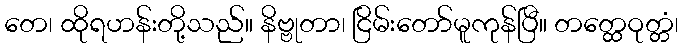
တေ၊ ထိုရဟန်းတို့သည်။ နိဗ္ဗုတာ၊ ငြိမ်းတော်မူကုန်ပြီ။ တတ္ထေဝုတ္တံ၊